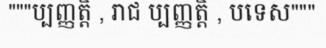
"""ប្បញ្ញត្តិ , រាជ ប្បញ្ញត្តិ , បទេស"""